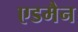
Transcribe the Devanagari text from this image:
एडमैन